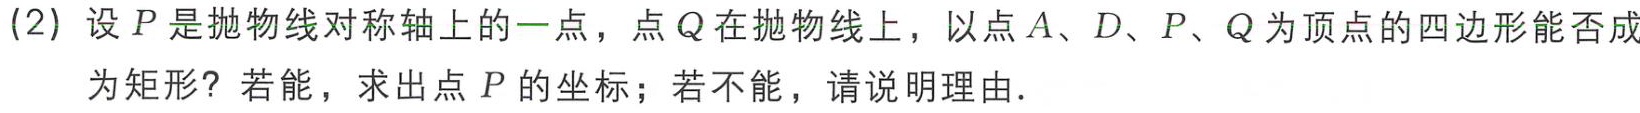
(2) 设 \(P\) 是抛物线对称轴上的一点，点 \(Q\) 在抛物线上，以点 \(A、D、P、Q\) 为顶点的四边形能否成为矩形？若能，求出点 \(P\) 的坐标；若不能，请说明理由．